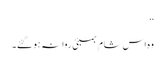
‘‘
وہ اس شام بمبئی روانہ ہو گئے۔